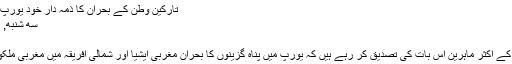
تارکین وطن کے بحران کا ذمہ دار خود یورپ ہے :: نیوزنور newsnoor
سه شنبه, ۱۹ ژوئن ۲۰۱۸، ۱۰:۱۹ ق.ظ
اہرین عالمی امور:
نیوزنور19جون/ عالمی امور کے اکثر ماہرین اس بات کی تصدیق کر رہے ہیں کہ یورپ میں پناہ گزینوں کا بحران مغربی ایشیا اور شمالی افریقہ میں مغربی ملکوں کی مہم جوئی کا نتیجہ ہے۔